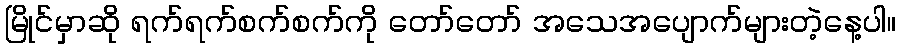
မြိုင်မှာဆို ရက်ရက်စက်စက်ကို တော်တော် အသေအပျောက်များတဲ့နေ့ပါ။